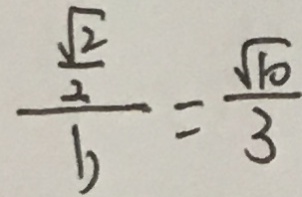
\frac { \frac { \sqrt { 2 } } { 2 } } { b } = \frac { \sqrt { 1 0 } } { 3 }